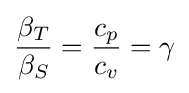
{\frac {\beta _{T}}{\beta _{S}}}={\frac {c_{p}}{c_{v}}}=\gamma